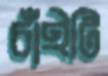
চাঁইটি